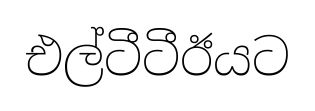
එල්ටීටීඊයට